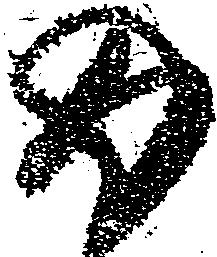
返